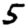
Digit: 5